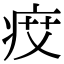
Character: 𤵽